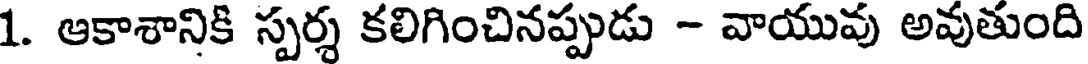
1. ఆకాశానికి స్పర్శ కలిగించినప్పుడు - వాయువు అవుతుంది